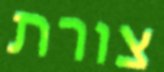
צורת